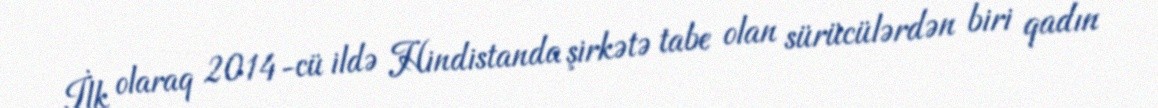
İlk olaraq 2014-cü ildə Hindistanda şirkətə tabe olan sürücülərdən biri qadın